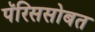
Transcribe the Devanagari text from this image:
पॅरिससोबत